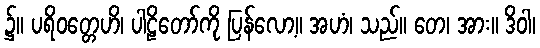
၌။ ပရိဝတ္တေဟိ၊ ပါဠိတော်ကို ပြန်လော့။ အဟံ၊ သည်။ တေ၊ အား။ ဒိဝါ၊